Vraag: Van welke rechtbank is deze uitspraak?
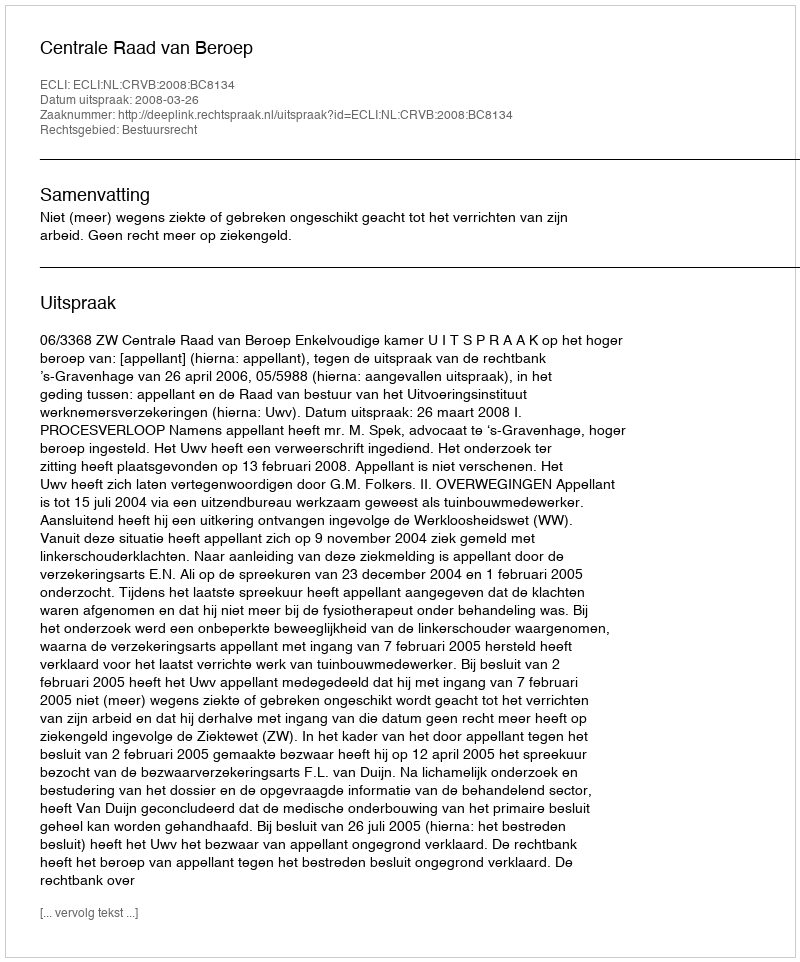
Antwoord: Centrale Raad van Beroep